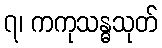
၇၊ ကကုသန္ဓသုတ်